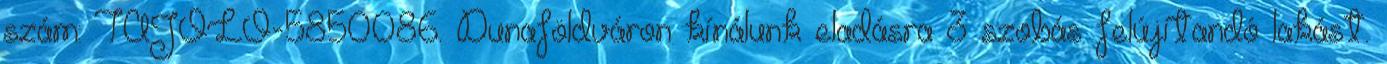
szám: TAJOLO-5850086. Dunaföldváron kínálunk eladásra 3 szobás felújítandó lakást.